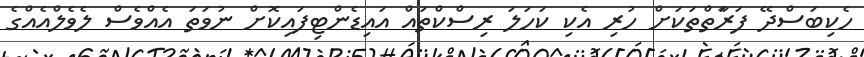
ހެކިބަސްދޭ ފަރާަތްތަކަށް ހުރި އެކިި ކަހަލަ ރިސްކްތައް އައިޑެންޓިފައިކޮށް ނުވަތަ އެއްވެސް ލެވެލްއެއްގެ